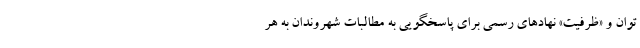
توان و «ظرفیت» نهادهای رسمی برای پاسخگویی به مطالبات شهروندان به هر